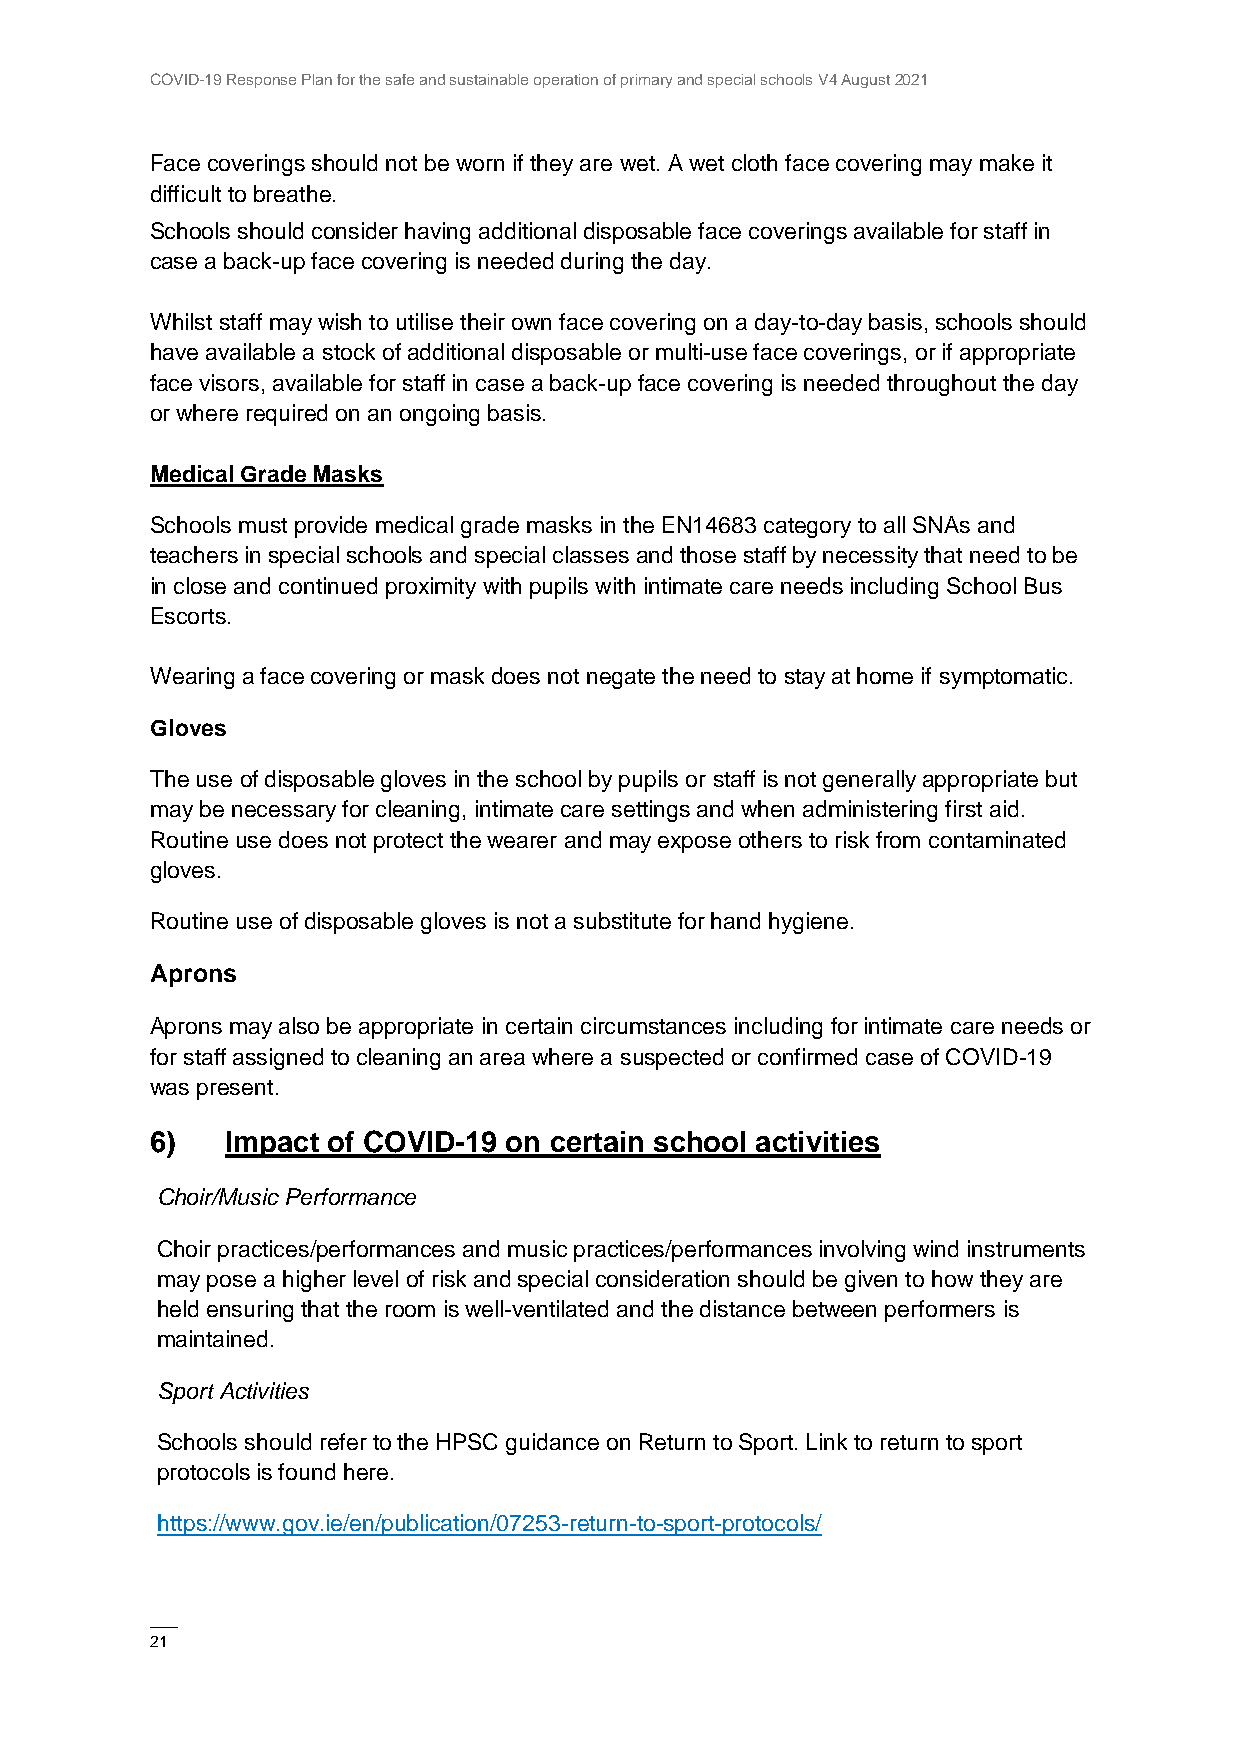
COVID-19 Response Plan for the safe and sustainable operation of primary and special schools V4 August 2021
 Face coverings should not be worn if they are wet. A wet cloth face covering may make it
 difficult to breathe.
 Schools should consider having additional disposable face coverings available for staff in
 case a back-up face covering is needed during the day.
 Whilst staff may wish to utilise their own face covering on a day-to-day basis, schools should
 have available a stock of additional disposable or multi-use face coverings, or if appropriate
 face visors, available for staff in case a back-up face covering is needed throughout the day
 or where required on an ongoing basis.
 Medical Grade Masks
 Schools must provide medical grade masks in the EN14683 category to all SNAs and
 teachers in special schools and special classes and those staff by necessity that need to be
 in close and continued proximity with pupils with intimate care needs including School Bus
 Escorts.
 Wearing a face covering or mask does not negate the need to stay at home if symptomatic.
 Gloves
 The use of disposable gloves in the school by pupils or staff is not generally appropriate but
 may be necessary for cleaning, intimate care settings and when administering first aid.
 Routine use does not protect the wearer and may expose others to risk from contaminated
 gloves.
 Routine use of disposable gloves is not a substitute for hand hygiene.
 Aprons
 Aprons may also be appropriate in certain circumstances including for intimate care needs or
 for staff assigned to cleaning an area where a suspected or confirmed case of COVID-19
 was present.
 6)   Impact of COVID-19 on certain school activities
 Choir/Music Performance
 Choir practices/performances and music practices/performances involving wind instruments
 may pose a higher level of risk and special consideration should be given to how they are
 held ensuring that the room is well-ventilated and the distance between performers is
 maintained.
 Sport Activities
 Schools should refer to the HPSC guidance on Return to Sport. Link to return to sport
 protocols is found here.
 https://www.gov.ie/en/publication/07253-return-to-sport-protocols/
 ——
 21